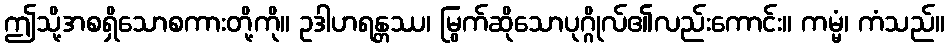
ဤသို့အစရှိသောစကားတို့ကို။ ဥဒါဟရန္တဿ၊ မြွက်ဆိုသောပုဂ္ဂိုလ်၏လည်းကောင်း။ ကမ္မံ၊ ကံသည်။